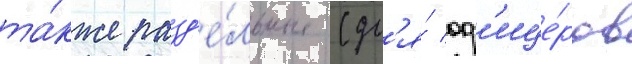
та́кже разд'е́льные (дл'я́ оф'ице́ров